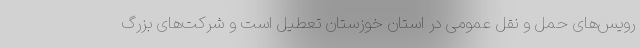
رویس‌های حمل و نقل عمومی در استان خوزستان تعطیل است و شرکت‌های بزرگ